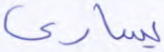
يسارى